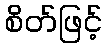
စိတ်ဖြင့်